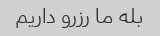
بله ما رزرو داریم